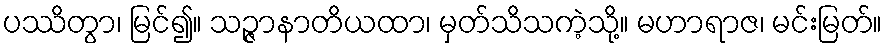
ပဿိတွာ၊ မြင်၍။ သဉ္ဇာနာတိယထာ၊ မှတ်သိသကဲ့သို့။ မဟာရာဇ၊ မင်းမြတ်။